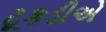
ટૂકડીએ